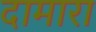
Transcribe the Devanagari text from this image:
दामारा